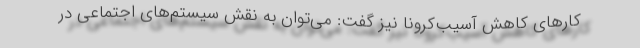
کارهای کاهش آسیب‌کرونا نیز گفت: می‌توان به نقش سیستم‌های اجتماعی در